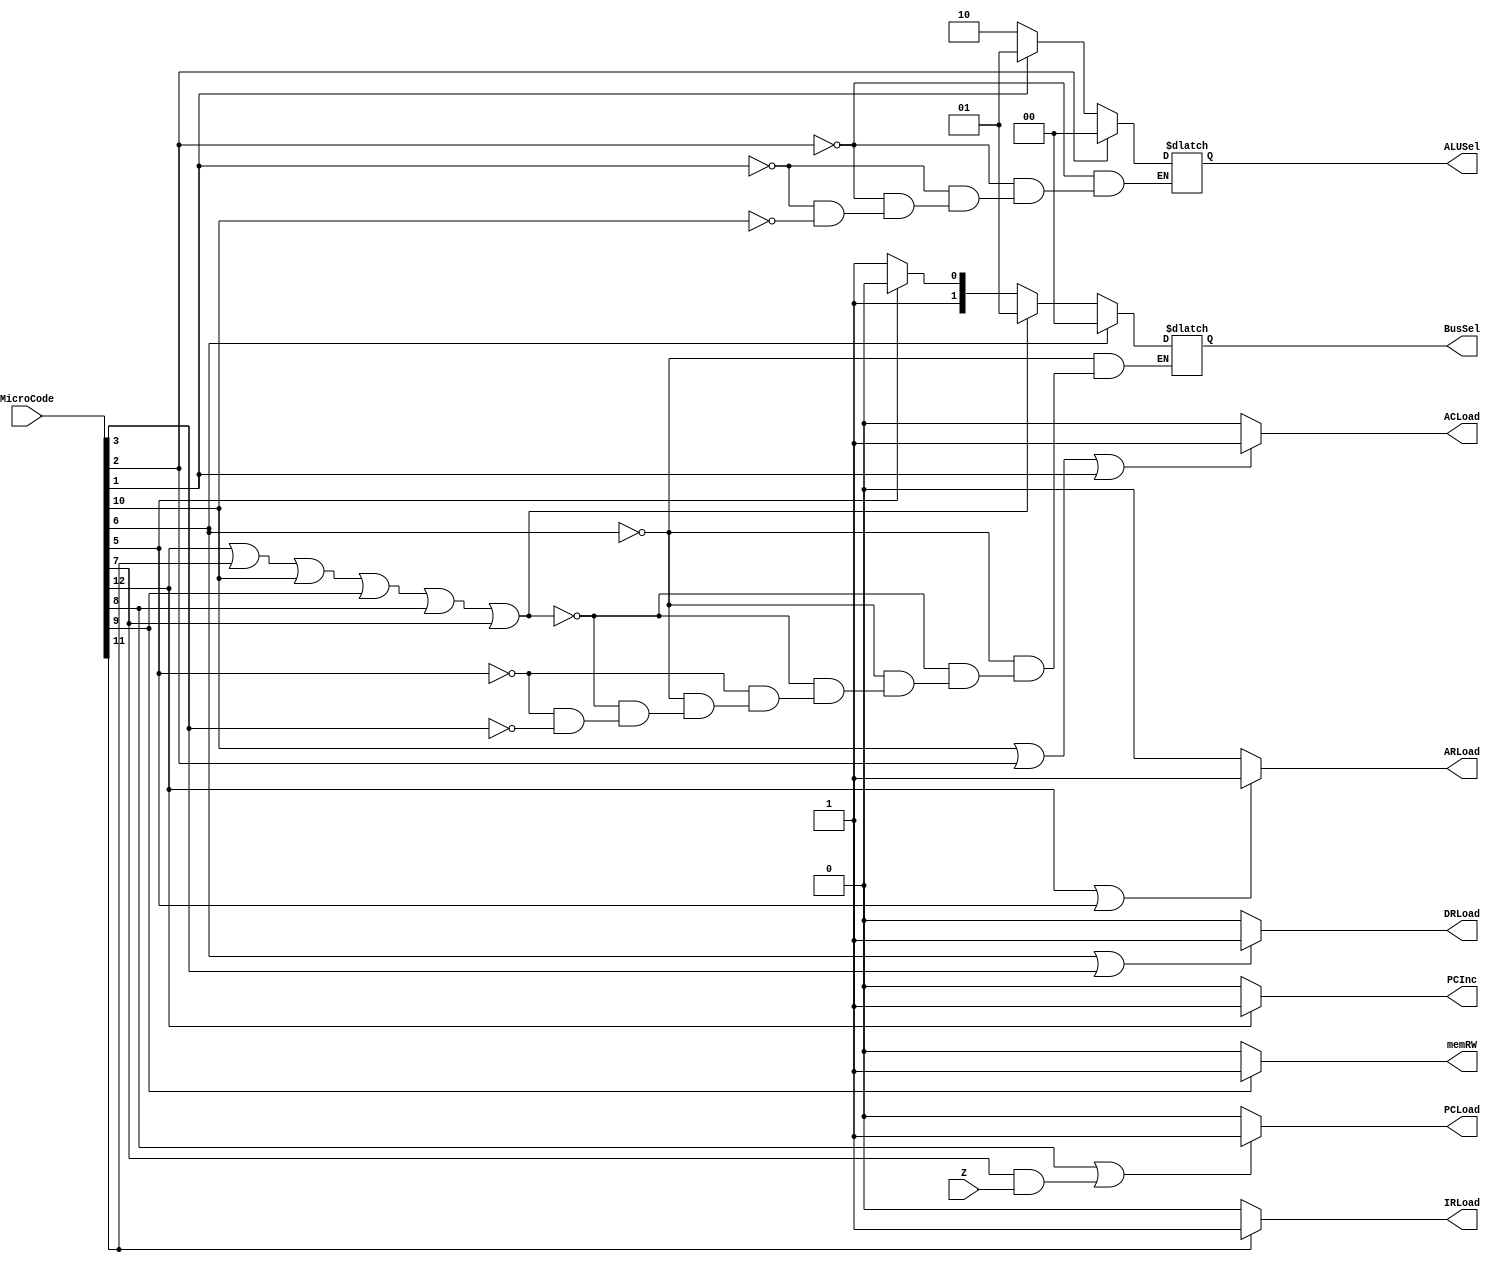
//Written By: Theo
module MicroCodeDecoder (
	input Z, 
	input [12:0] MicroCode,
	output reg ARLoad, DRLoad, PCLoad, ACLoad, IRLoad,
	output reg PCInc, memRW,
	output reg [1:0] BusSel, ALUSel);
	
	//Set microOperations based on MicroCode input
	always @ (*) begin
		//Load To Address Register
		if(MicroCode[12] || MicroCode[5])
			ARLoad = 1;
		else
			ARLoad = 0;
			
		//Load To Data Register
		if(MicroCode[6] || MicroCode[3])
			DRLoad = 1;
		else
			DRLoad = 0;
			
		//Load To Program Counter Register
		if(MicroCode[8] || (MicroCode[7] && Z))
			PCLoad = 1;
		else
			PCLoad = 0;
			
		//Load To Accumulator Register
		if(MicroCode[10] || MicroCode[2] || MicroCode[1])
			ACLoad = 1;
		else
			ACLoad = 0;
			
		//Load To Instruction Register
		if(MicroCode[11])
			IRLoad = 1;
		else
			IRLoad = 0;
			
		//Select ALU Mode
		if(MicroCode[2])
			ALUSel = 2'b00; //Add
		else if(MicroCode[1])
			ALUSel = 2'b01; //Sub
		else if(MicroCode[10])
			ALUSel = 2'b10; //Load
			
		//Increment Program Counter
		if(MicroCode[12])
			PCInc = 1;
		else
			PCInc = 0;
			
		//Set Memory Read/Write
		if(MicroCode[9])
			memRW = 1;
		else
			memRW = 0;
			
		//Select what has bus access
		if(MicroCode[6])
			BusSel = 2'b00;	//Memory
		else if(MicroCode[12] || MicroCode[11] || MicroCode[10] || MicroCode[9] || MicroCode[8] || MicroCode[7])
			BusSel = 2'b01;	//Data Register
		else if(MicroCode[5])
			BusSel = 2'b10;	//Program Counter
		else if(MicroCode[3])
			BusSel = 2'b11;	//Accumulator
		
	end
	
endmodule